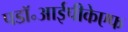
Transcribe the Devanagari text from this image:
पडॉ॰आईपीकेएफ